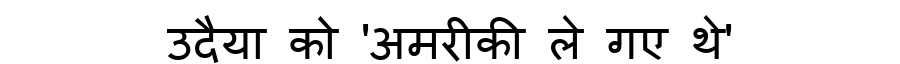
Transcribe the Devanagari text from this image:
उदैया को 'अमरीकी ले गए थे'